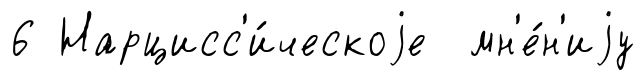
6 Нарцисс'и́ческоjе мн'е́н'иjу